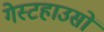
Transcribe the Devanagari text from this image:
गेस्टहाउसों